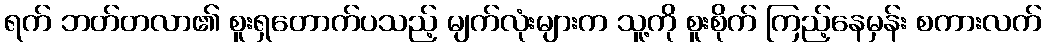
ရက် ဘတ်တလာ၏ စူးရှတောက်ပသည့် မျက်လုံးများက သူ့ကို စူးစိုက် ကြည့်နေမှန်း စကားလက်